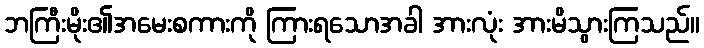
ဘကြီးမိုး၏အမေးစကားကို ကြားရသောအခါ အားလုံး အားမိသွားကြသည်။